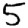
Digit: 5